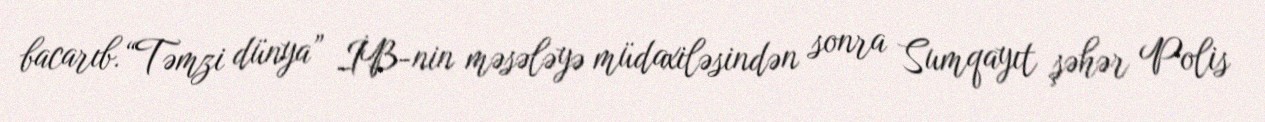
bacarıb.“Təmzi dünya” İB-nin məsələyə müdaxiləsindən sonra Sumqayıt şəhər Polis